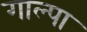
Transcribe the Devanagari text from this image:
गाल्पा